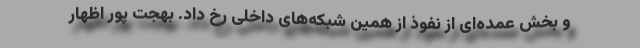
و بخش عمده‌ای از نفوذ از همین شبکه‌های داخلی رخ داد. بهجت پور اظهار